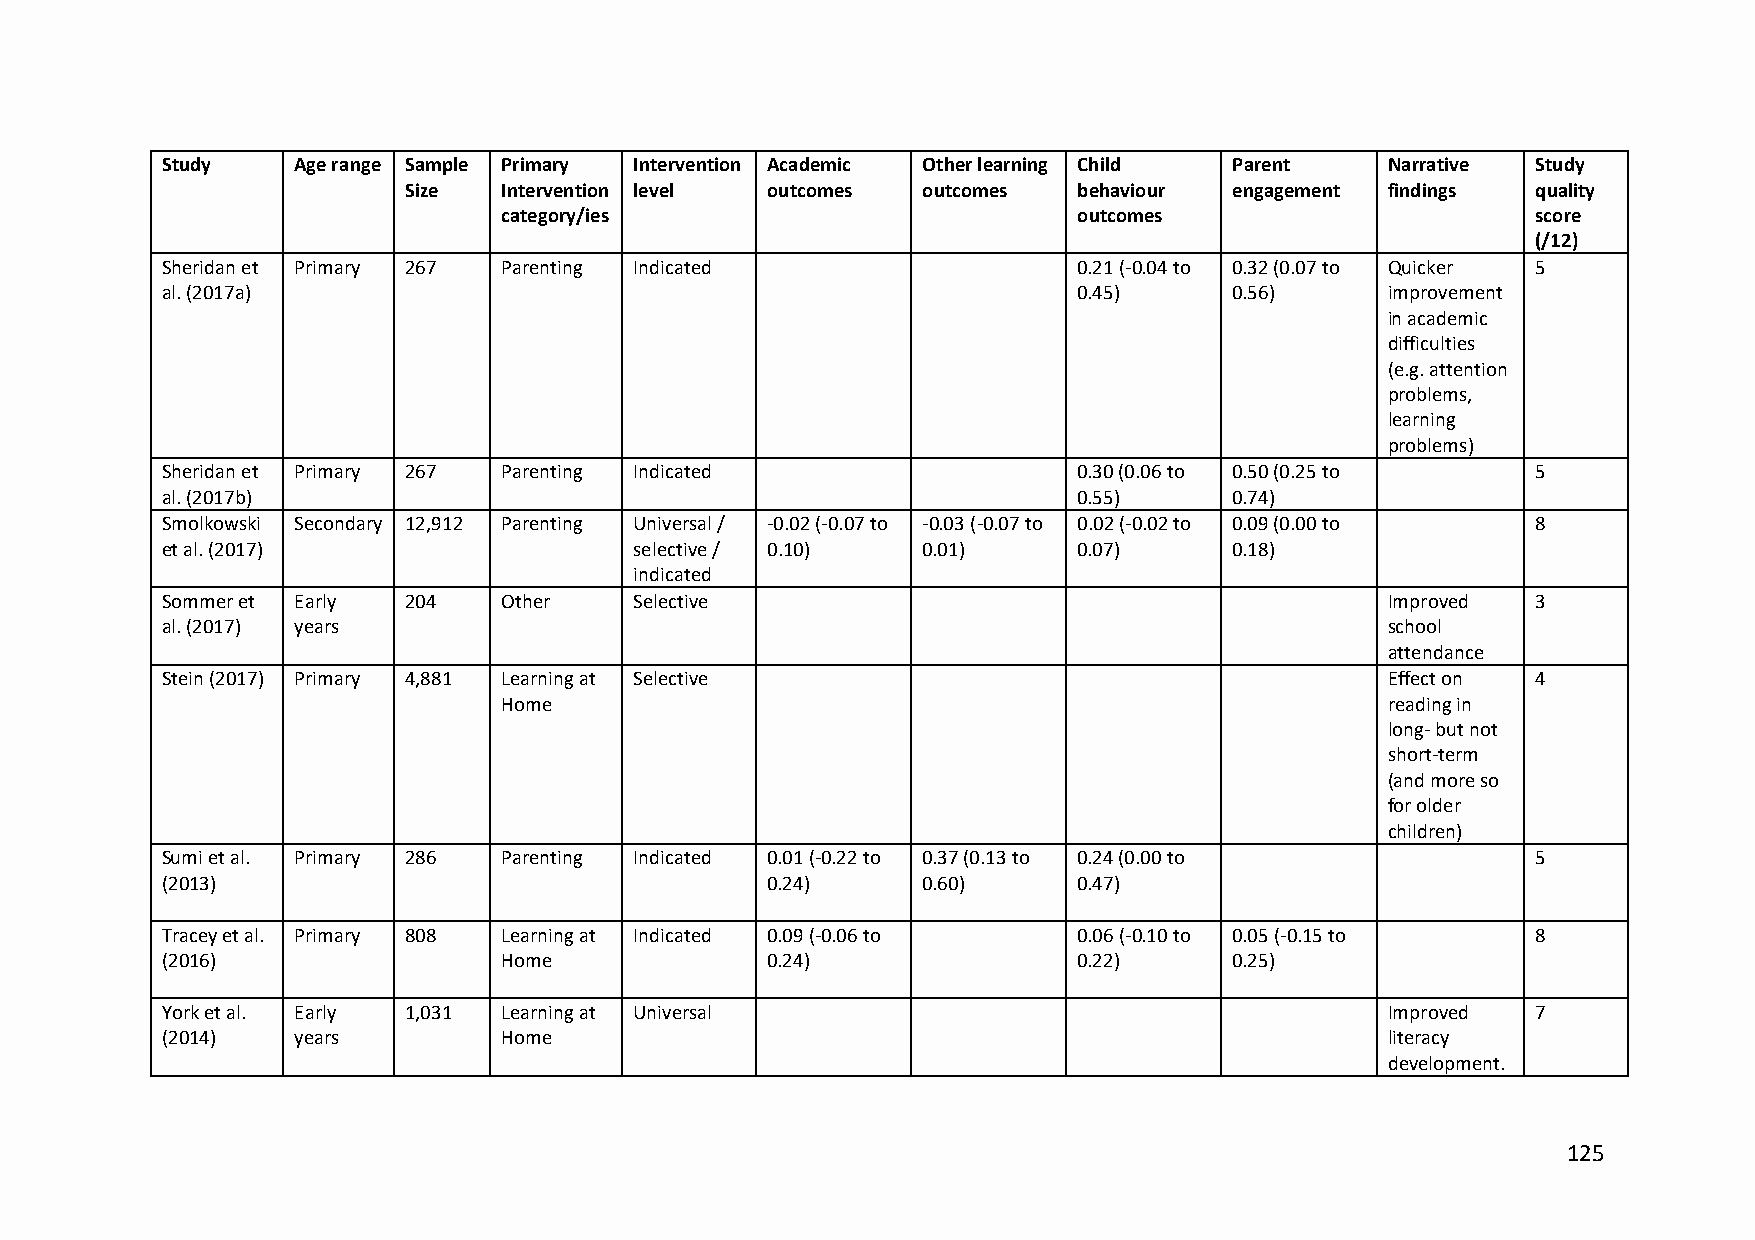
Study   Age range Sample Primary Intervention Academic Other learning Child Parent Narrative Study
 Size  Intervention level outcomes outcomes  behaviour  engagement findings quality
 category/ies                          outcomes                       score
 (/12)
 Sheridan et Primary 267 Parenting Indicated                 0.21 (-0.04 to 0.32 (0.07 to Quicker 5
 al. (2017a)                                                 0.45)      0.56)     improvement
 in academic
 difficulties
 (e.g. attention
 problems,
 learning
 problems)
 Sheridan et Primary 267 Parenting Indicated                 0.30 (0.06 to 0.50 (0.25 to    5
 al. (2017b)                                                 0.55)      0.74)
 Smolkowski Secondary 12,912 Parenting Universal / -0.02 (-0.07 to -0.03 (-0.07 to 0.02 (-0.02 to 0.09 (0.00 to 8
 et al. (2017)                  selective / 0.10)  0.01)     0.07)      0.18)
 indicated
 Sommer et Early 204   Other    Selective                                         Improved  3
 al. (2017) years                                                                 school
 attendance
 Stein (2017) Primary 4,881 Learning at Selective                                 Effect on 4
 Home                                                       reading in
 long- but not
 short-term
 (and more so
 for older
 children)
 Sumi et al. Primary 286 Parenting Indicated 0.01 (-0.22 to 0.37 (0.13 to 0.24 (0.00 to     5
 (2013)                                  0.24)     0.60)     0.47)
 Tracey et al. Primary 808 Learning at Indicated 0.09 (-0.06 to 0.06 (-0.10 to 0.05 (-0.15 to 8
 (2016)                Home              0.24)               0.22)      0.25)
 York et al. Early 1,031 Learning at Universal                                    Improved  7
 (2014)  years         Home                                                       literacy
 development.
 125